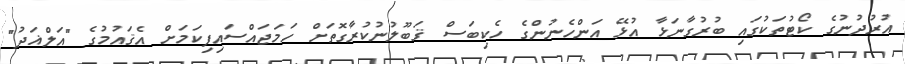
އުރުދުނުގެ ކޯޓުތަކުގައި ބުރުގާނަޅާ އުޅޭ އަންހެނުންގެ ހެކިބަސް ޤަބޫލުނުކުރާގޮތަށް ހަމަޖައްސައިފިކަމަށް އެޤައުމުގެ "އަލްޣަދު"